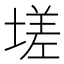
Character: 𡏦